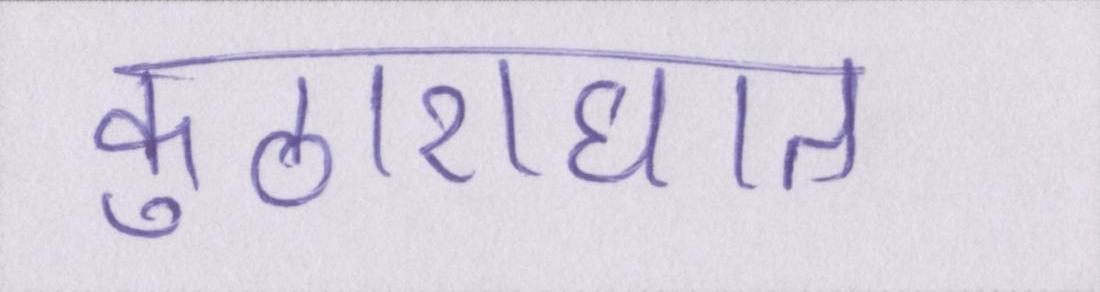
कुठाराघात